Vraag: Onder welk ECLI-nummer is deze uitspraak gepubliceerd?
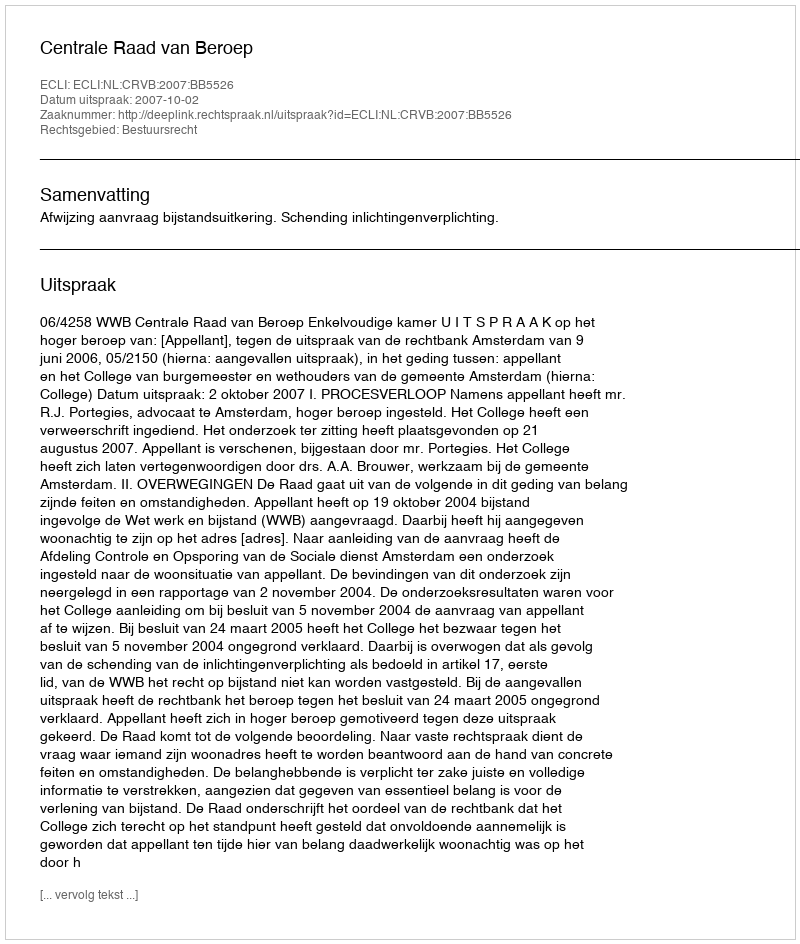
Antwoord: ECLI:NL:CRVB:2007:BB5526